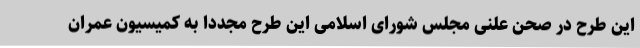
این طرح در صحن علنی مجلس شورای اسلامی این طرح مجددا به کمیسیون عمران